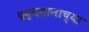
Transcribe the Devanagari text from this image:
द्रव्यमानाच्या